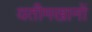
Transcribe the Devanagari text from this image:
यतीमखानों